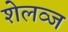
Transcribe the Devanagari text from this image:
शेलव्ज